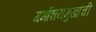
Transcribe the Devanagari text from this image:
गर्भाशयमुखाची